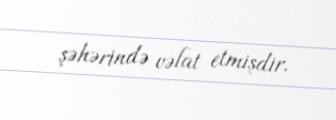
şəhərində vəfat etmişdir.